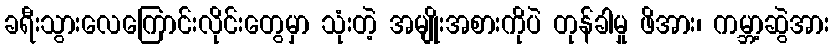
ခရီးသွားလေကြောင်းလိုင်းတွေမှာ သုံးတဲ့ အမျိုးအစားကိုပဲ တုန်ခါမှု ဖိအား၊ ကမ္ဘာ့ဆွဲအား